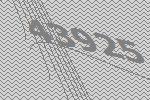
43925